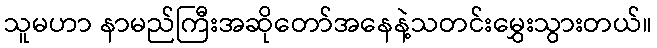
သူမဟာ နာမည်ကြီးအဆိုတော်အနေနဲ့သတင်းမွှေးသွားတယ်။